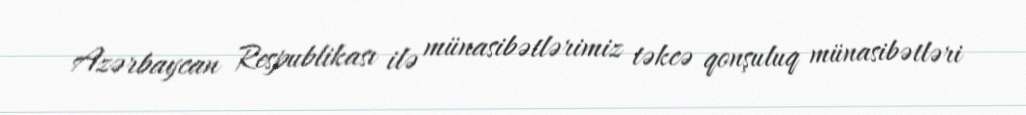
Azərbaycan Respublikası ilə münasibətlərimiz təkcə qonşuluq münasibətləri